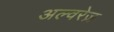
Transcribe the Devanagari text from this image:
अल्वरेज़